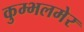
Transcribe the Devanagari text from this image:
कुम्भलमेर